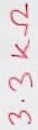
Text: 3.3KΩ